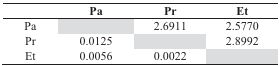
|  | Pa | Pr | Et |
 | --- | --- | --- | --- |
 | Pa |  | 2.6911 | 2.5770 |
 | Pr | 0.0125 |  | 2.8992 |
 | Et | 0.0056 | 0.0022 |  |